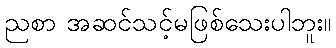
ညစာ အဆင်သင့်မဖြစ်သေးပါဘူး။